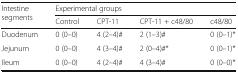
<table><thead><tr><td rowspan="2"><b>Intestine segments</b></td><td colspan="4"><b>Experimental groups</b></td></tr><tr><td><b>Control</b></td><td><b>CPT-11</b></td><td><b>CPT-11 + c48/80</b></td><td><b>c48/80</b></td></tr></thead><tbody><tr><td>Duodenum</td><td>0 (0–0)</td><td>4 (2–4)#</td><td>2 (1–3)#</td><td>0 (0–1)*</td></tr><tr><td>Jejunum</td><td>0 (0–0)</td><td>4 (3–4)#</td><td>2 (0–4)#*</td><td>0 (0–1)*</td></tr><tr><td>Ileum</td><td>0 (0–0)</td><td>4 (2–4)#</td><td>4 (3–4)#</td><td>0 (0–0)*</td></tr></tbody></table>